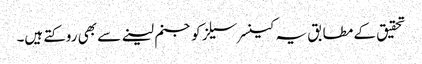
تحقیق کے مطابق یہ کینسر سیلز کو جنم لینے سے بھی روکتے ہیں۔